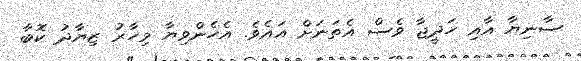
ސާނިޔާ އާއި ހަދީޖާ ވެސް އެތަނަށް އައެވެ. އެހެންވިޔާ މިހާރު ޒިޔާދު ކޮބާ